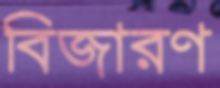
বিজারণ